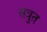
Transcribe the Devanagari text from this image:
सत्रुत